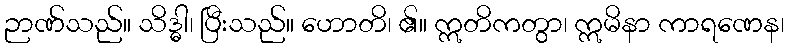
ဉာဏ်သည်။ သိဒ္ဓါ၊ ပြီးသည်။ ဟောတိ၊ ၏။ ဣတိကတွာ၊ ဣမိနာ ကာရဏေန၊